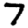
Digit: 7